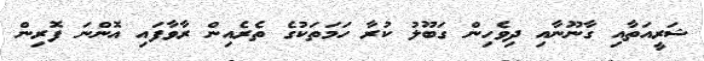
ޝަރީއަތާއި ގާނޫނާއި ދިވެހިން ގަބޫލު ކުރާ ހަމަތަކުގެ ތެރެއިން ރާވާފައި އޮންނަ ފޮރިން